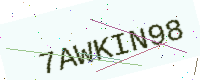
Text: 7AWKIN98